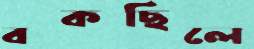
বকছিলে